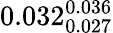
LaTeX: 0.032_{0.027}^{0.036}